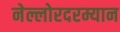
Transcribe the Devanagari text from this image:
नेल्लोरदरम्यान